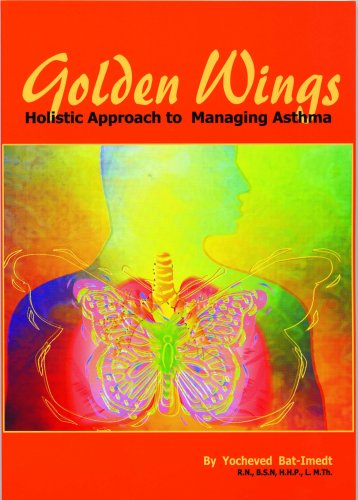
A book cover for Golden Wings, Holistic Approach to Managing Asthma; Yocheved Bat-Imedt R.N.; Health, Fitness & Dieting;